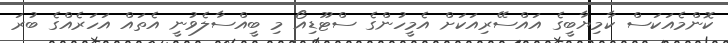
ކޮންމެއަކަސް ކާމިޔާބީގެ އައްސޭރިއަކަށް އެމީހުންގެ ސްޓޫޑިއޯ މި ބީއްސާލެވުނީ އެތައް އަހަރެއްގެ ބުރަ